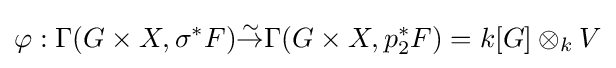
\varphi :\Gamma (G\times X,\sigma ^{*}F){\overset {\sim }{\to }}\Gamma (G\times X,p_{2}^{*}F)=k[G]\otimes _{k}V